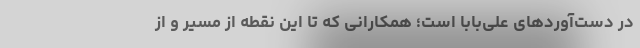
در دست‌آوردهای علی‌بابا است؛ همکارانی که تا این نقطه از مسیر و از